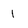
Character: l